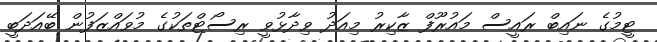
ޓީމުގެ ނައިބް ރައީސް މައުރޫފް ޒާކިރު މިއަދު ވިދާޅުވީ ރިސޯޓްތަކުގެ މުވައްޒަފުން ބޭއަދަބީ